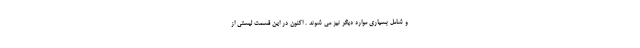
و شامل بسیاری موارد دیگر نیز می شوند . اکنون در این قسمت لیستی از